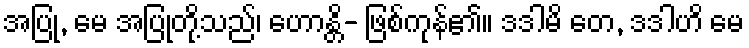
အပြု, မေ အပြုတို့သည်၊ ဟောန္တိ- ဖြစ်ကုန်၏။ ဒဒါမိ တေ, ဒဒါဟိ မေ